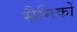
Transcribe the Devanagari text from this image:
सैनिकोँ